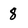
Character: 8